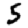
Digit: 5